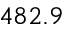
4 8 2 . 9